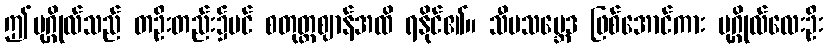
ဤပုဂ္ဂိုလ်သည် တဦးတည်း၌ပင် စတုတ္ထဈာန်အထိ ရနိုင်၏။ သီမသမ္ဘေဒ ဖြစ်အောင်ကား ပုဂ္ဂိုလ်လေးဦး